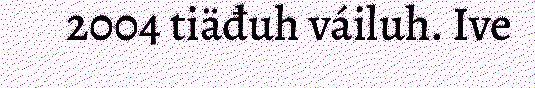
2004 tiäđuh váiluh. Ive